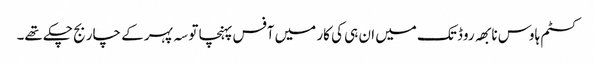
کسٹم ہاوس نابھہ روڈ تک میں ان ہی کی کار میں آفس پہنچا تو سہ پہر کے چار بج چکے تھے۔